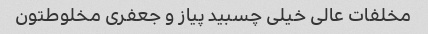
مخلفات عالی خیلی چسبید پیاز و جعفری مخلوطتون